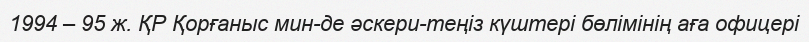
1994 – 95 ж. ҚР Қорғаныс мин-де әскери-теңіз күштері бөлімінің аға офицері